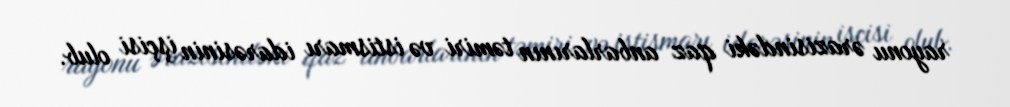
rayonu ərazisindəki qaz anbarlarının təmiri və istismarı idarəsinin işçisi olub.